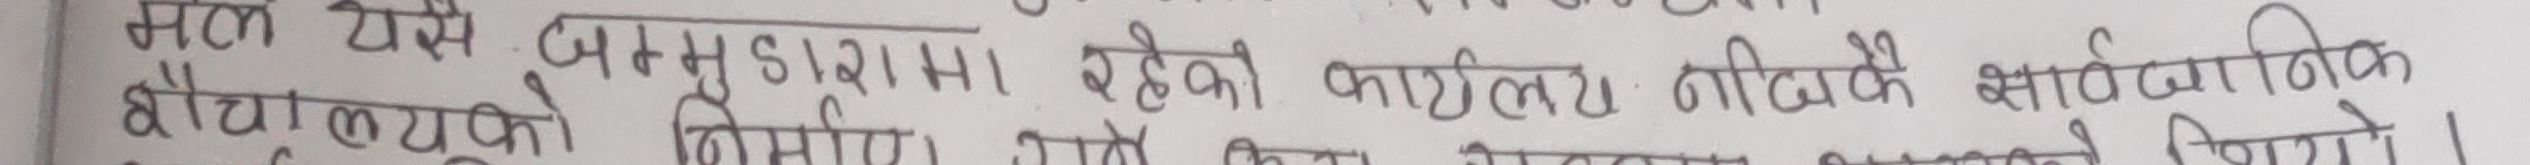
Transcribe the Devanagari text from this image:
मैले यस जम्मड्यामा रहेको कार्यलय जीवको सार्वजनिक नगरे ।